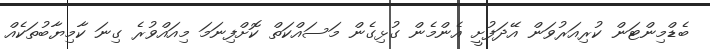
ބެޑްމިންޓަން ކުރިއަރުވަން އޭދަފުށީ އެންމެން ގުޅިގެން މަސައްކަތް ކޮށްފިނަމަ މިއައްވުރެ ގިނަ ކާމިޔާބުތަކެއް